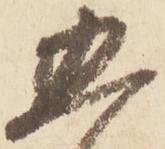
五